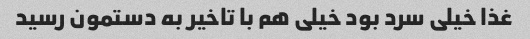
غذا خیلی سرد بود خیلی هم با تاخیر به دستمون رسید